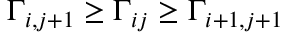
\Gamma _ { i , j + 1 } \geq \Gamma _ { i j } \geq \Gamma _ { i + 1 , j + 1 }